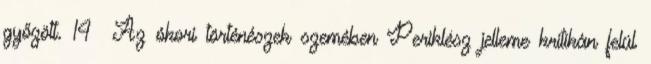
győzött. 14 Az ókori történészek szemében Periklész jelleme kritikán felül